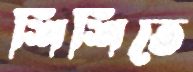
শিশিতে